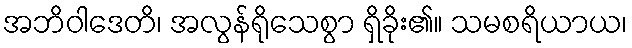
အဘိဝါဒေတိ၊ အလွန်ရိုသေစွာ ရှိခိုး၏။ သမစရိယာယ၊